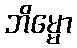
ဘိမ္မော